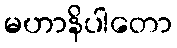
မဟာနိပါတော